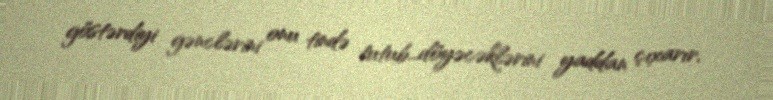
göstərdiyi gənclərini onu tində tutub...döyəcəklərini yaddan çıxarır.